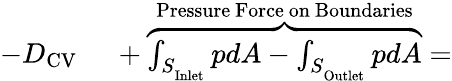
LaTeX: \begin{array}{rl}{-D_{\mathrm{CV}}\ }&{{}+\overbrace{\int_{S_{_\mathrm{Inlet}}}pdA-\int_{S_{_\mathrm{Outlet}}}pdA}^{\mathrm{Pressure\ Force\ on\ Boundaries}}=}\end{array}